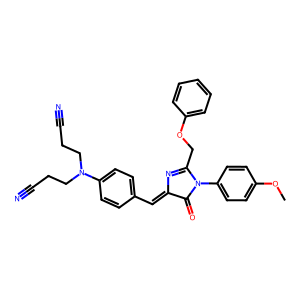
SMILES: COc1ccc(N2C(=O)C(=Cc3ccc(N(CCC#N)CCC#N)cc3)N=C2COc2ccccc2)cc1
Inhibits HIV replication: No